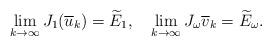
LaTeX: \begin{align*}\lim_{k\rightarrow\infty}J_{1}(\overline{u}_{k})=\widetilde{E}_{1},\ \ \ \lim_{k\rightarrow\infty}J_{\omega}\overline{v}_{k}=\widetilde{E}_{\omega}.\end{align*}